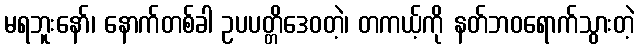
မရဘူးနော်၊ နောက်တစ်ခါ ဥပပတ္တိဒေဝတဲ့၊ တကယ့်ကို နတ်ဘဝရောက်သွားတဲ့